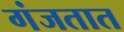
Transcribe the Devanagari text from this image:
गंजतात